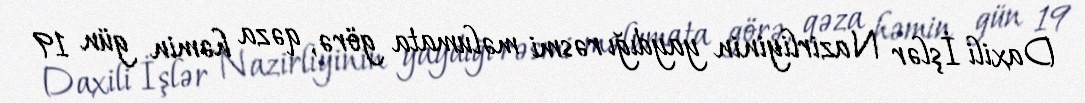
Daxili İşlər Nazirliyinin yaydığı rəsmi məlumata görə, qəza həmin gün 19